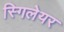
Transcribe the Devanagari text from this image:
स्गिलेयर